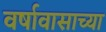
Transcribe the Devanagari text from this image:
वर्षावासाच्या